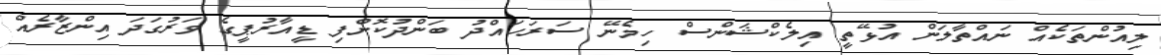
ލިއުންތަކެއް ނައްތާލަން އުޅޭތީ އިލެކްޝަންސް ހިމެނޭ ސަރަހައްދު ބަންދުކޮށްފި ޑީއާރުޕީގެ ވަރުގަދަ އިންޒާރެއް